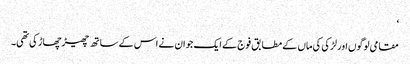
‘
مقامی لوگوں اور لڑکی کی ماں کے مطابق فوج کے ایک جوان نے اس کے ساتھ چھیڑ چھاڑ کی تھی۔